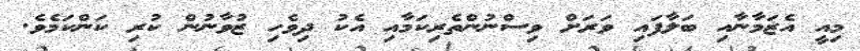
މިއީ އެޒަމާނާއި ބަލާފައި ވަރަށް ވިސްނުންތެރިކަމާއި އެކު ދިވެހި ޒުވާނުން ކުރި ކަންކަމެވެ.